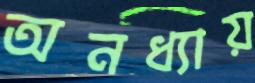
অনধ্যায়